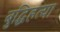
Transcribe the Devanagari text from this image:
बुद्धिहत्या